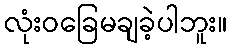
လုံးဝခြေမချခဲ့ပါဘူး။